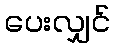
ပေးလျှင်